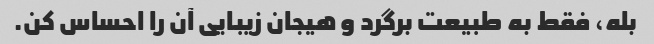
بله، فقط به طبیعت برگرد و هیجان زیبایی آن را احساس کن.